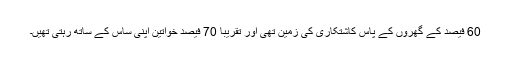
60 فیصد کے گھروں کے پاس کاشتکاری کی زمین تھی اور تقریبا 70 فیصد خواتین اپنی ساس کے ساتھ رہتی تھیں۔